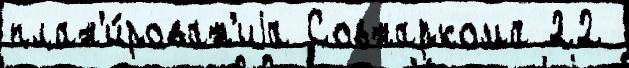
план'и́рован'иjа Совнаркома 22